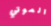
الموتي